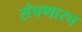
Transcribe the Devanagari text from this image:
संपणारच